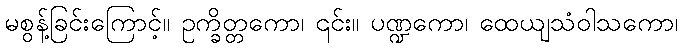
မစွန့်ခြင်းကြောင့်။ ဥက္ခိတ္တကော၊ ၎င်း။ ပဏ္ဍကော၊ ထေယျသံဝါသကော၊